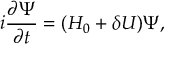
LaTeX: i \frac { \partial \Psi } { \partial t } = ( H _ { 0 } + \delta U ) \Psi ,